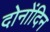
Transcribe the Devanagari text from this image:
दोनोंदिन